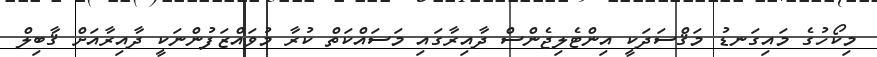
މިކޯހުގެ މައިގަނޑު މަޤްސަދަކީ އިންޓެލިޖެންސް ދާއިރާގައި މަސައްކަތް ކުރާ މުވައްޒަފުންނަކީ ދާއިރާއަށް ޤާބިލް